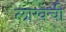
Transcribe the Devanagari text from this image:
लाखेची